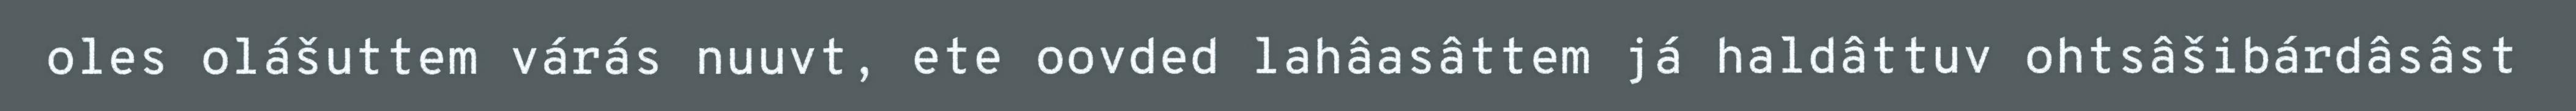
oles olášuttem várás nuuvt, ete oovded lahâasâttem já haldâttuv ohtsâšibárdâsâst